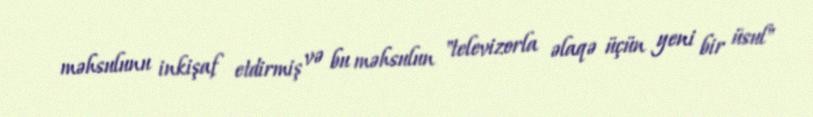
məhsulunu inkişaf etdirmiş və bu məhsulun "televizorla əlaqə üçün yeni bir üsul"